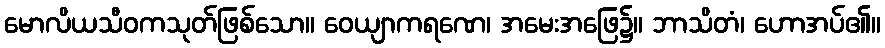
မောလိယသီဝကသုတ်ဖြစ်သော။ ဝေယျာကရဏေ၊ အမေးအဖြေ၌။ ဘာသိတံ၊ ဟောအပ်၏။